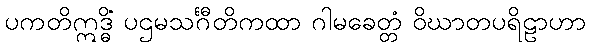
ပကတိဣဒ္ဓိံ ပဌမသင်္ဂီတိကထာ ဂါမခေတ္တံ ဝိဃာတပရိဠာဟာ